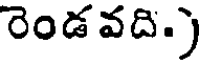
రెండవది.)